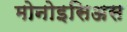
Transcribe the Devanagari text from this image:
मोनोइसिअस